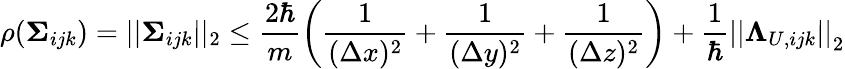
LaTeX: \rho(\mathbf{\Sigma}_{ijk})=||\mathbf{\Sigma}_{ijk}||_{2}\le\frac{2\hbar}{m}\left(\frac 1{(\Delta x)^{2}}+\frac 1{(\Delta y)^{2}}+\frac{1}{(\Delta z)^{2}}\right)+\frac 1{\hbar}\left|\left|\mathbf\Lambda_{U,ijk}\right|\right|_{2}